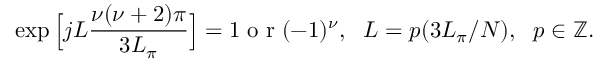
\small \exp \Big [ j L \frac { \nu ( \nu + 2 ) \pi } { 3 L _ { \pi } } \Big ] = 1 \mathrm { ~ o ~ r ~ } ( - 1 ) ^ { \nu } , ~ ~ L = p ( 3 L _ { \pi } / N ) , ~ ~ p \in \mathbb { Z } .